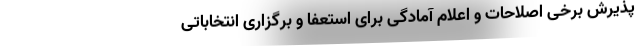
پذیرش برخی اصلاحات و اعلام آمادگی برای استعفا و برگزاری انتخاباتی